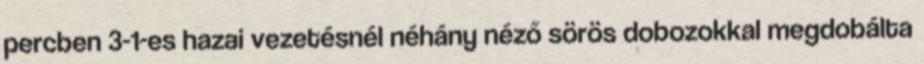
percben 3-1-es hazai vezetésnél néhány néző sörös dobozokkal megdobálta